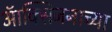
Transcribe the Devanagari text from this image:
ऑक्सिजनाच्या